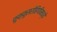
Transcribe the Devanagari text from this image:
फुफ्फुसरोहिणीमध्ये